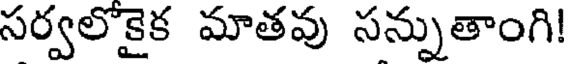
సర్వలోకైక మాతవు సన్నుతాంగి!